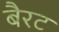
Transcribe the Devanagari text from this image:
बैरट